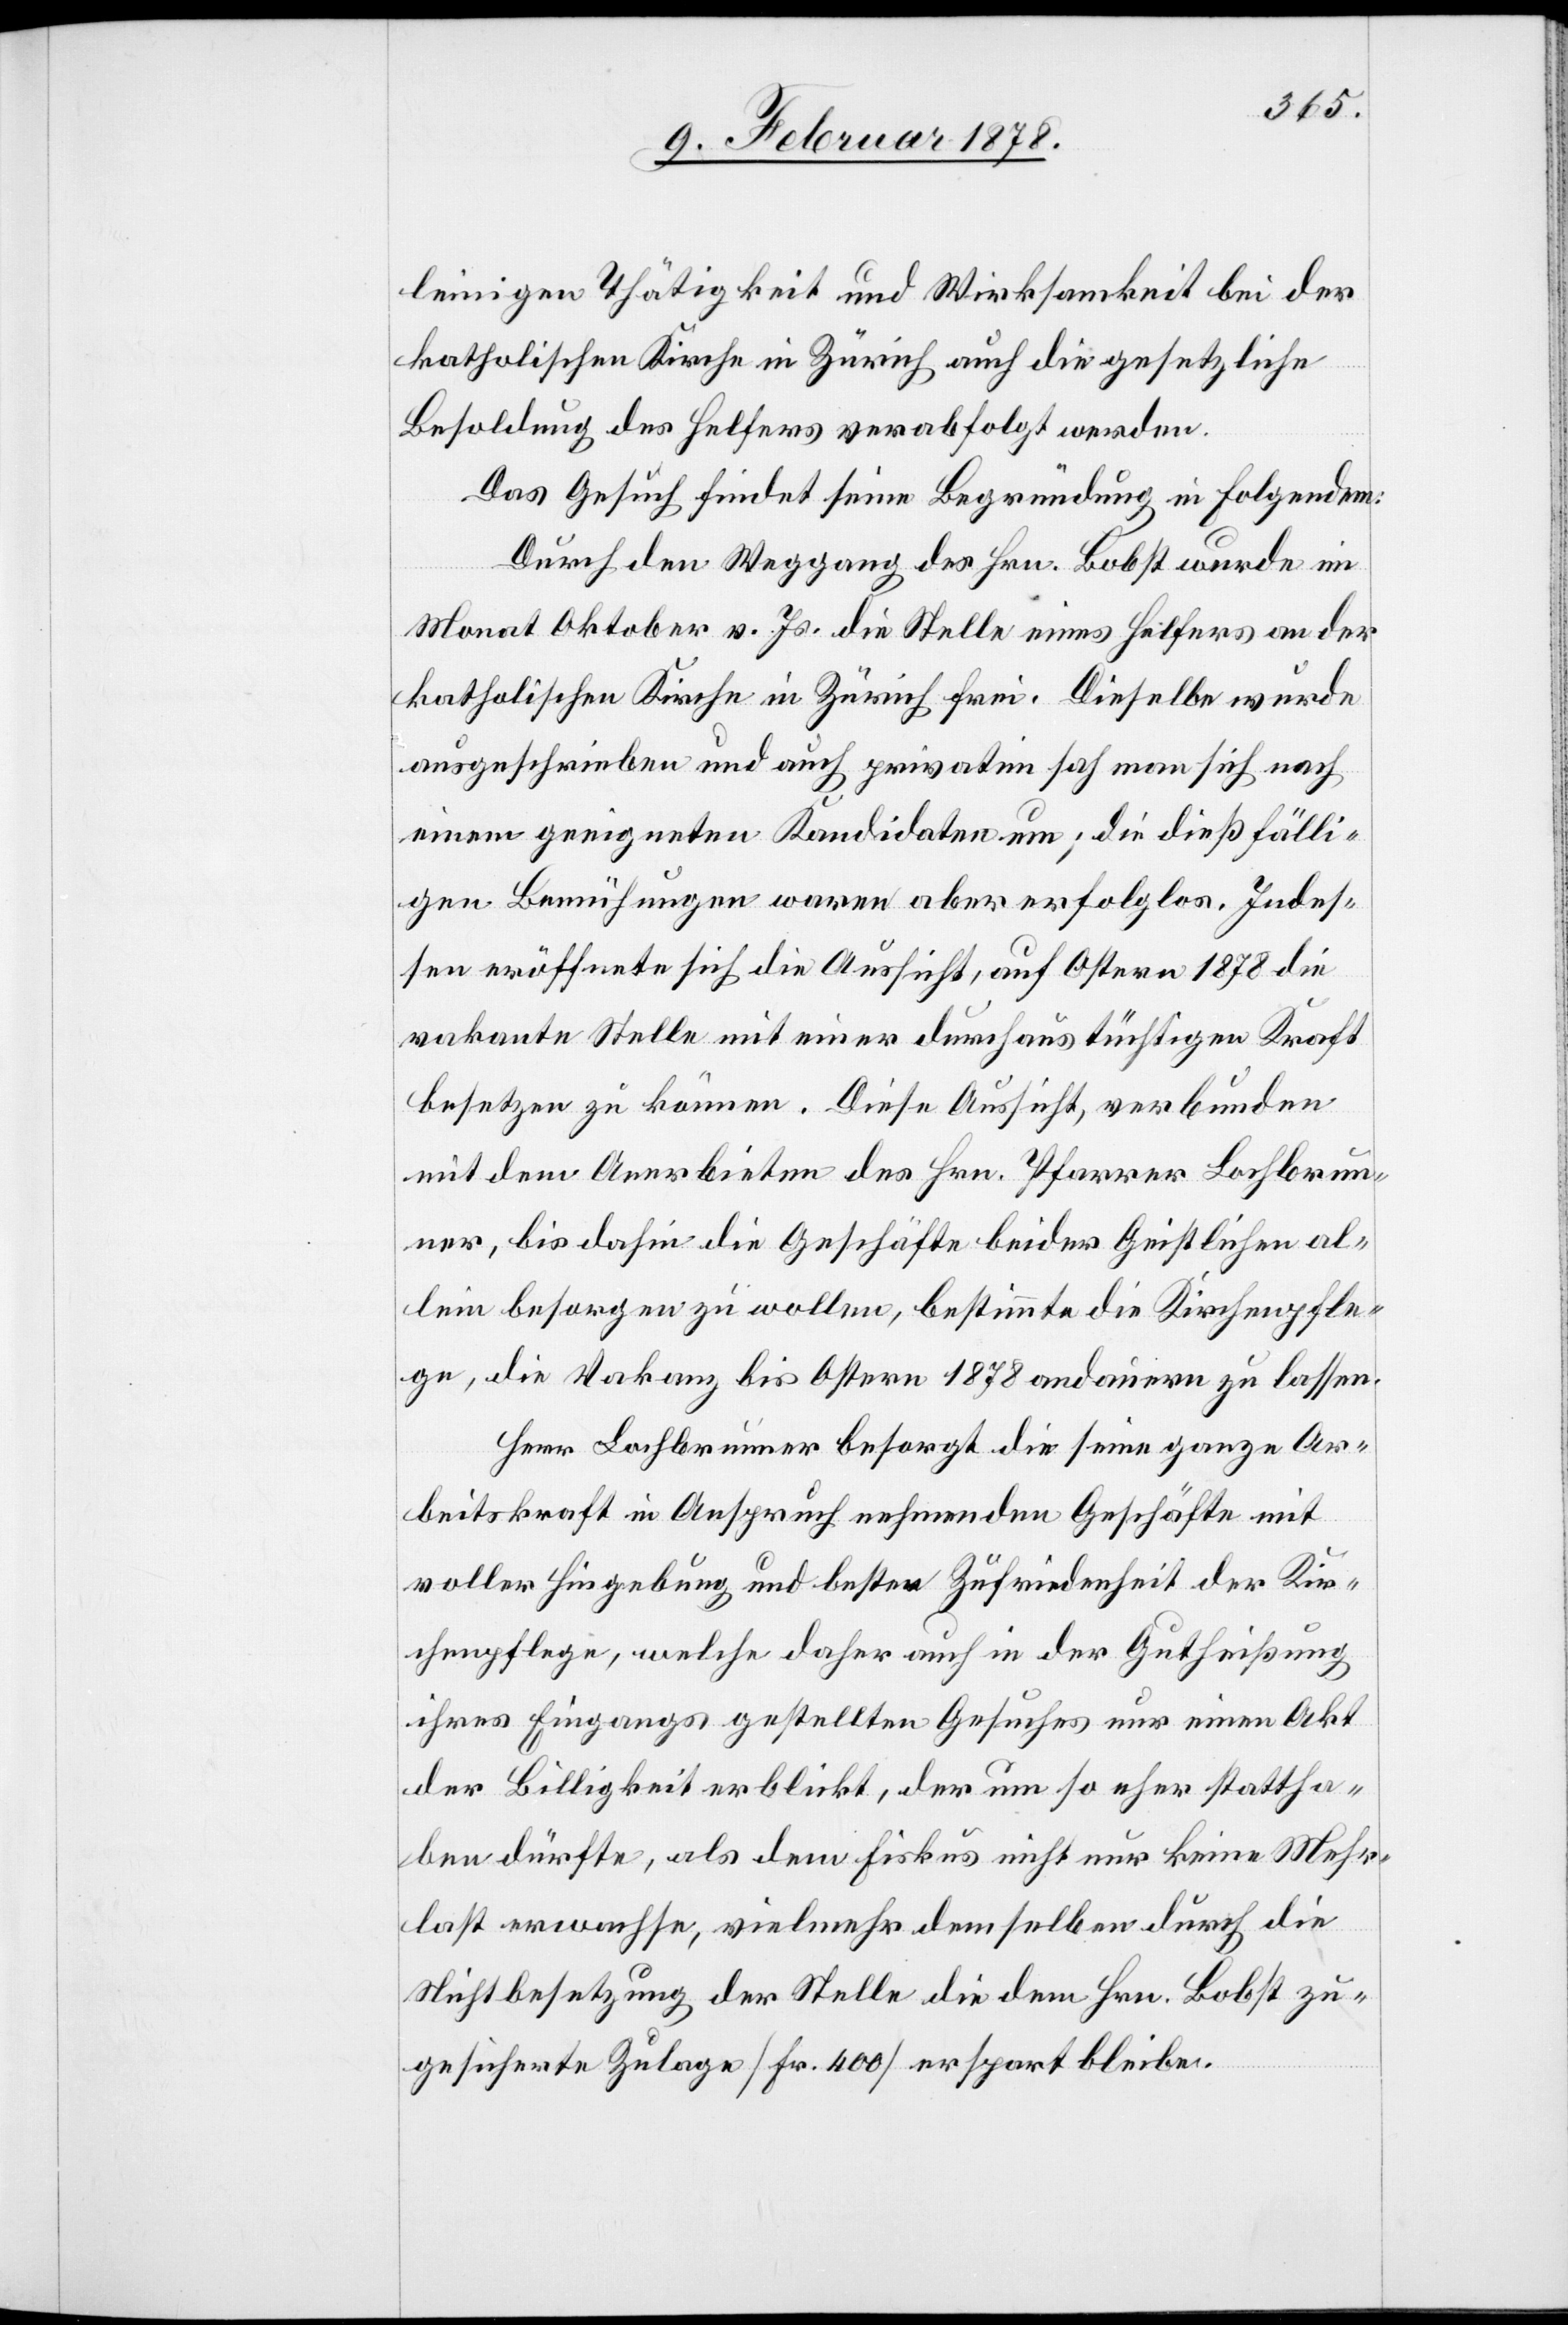
leinigen Thätigkeit und Wirksamkeit bei der
katholischen Kirche in Zürich auch die gesetzliche
Besoldung des Helfers verabfolgt werden.
Das Gesuch findet seine Begründung in Folgendem:
Durch den Weggang des Hrn. Bobst wurde im
Monat Oktober v. Js. die Stelle eines Helfers an der
katholischen Kirche in Zürich frei. Dieselbe wurde
ausgeschrieben und auch privatim sah man sich nach
einem geeigneten Kandidaten um; die dießfälli¬
gen Bemühungen waren aber erfolglos. Indes¬
sen eröffnete sich die Aussicht, auf Ostern 1878 die
vakante Stelle mit einer durchaus tüchtigen Kraft
besetzen zu können. Diese Aussicht, verbunden
mit dem Anerbieten des Hrn. Pfarrer Lochbrun¬
ner, bis dahin die Geschäfte beider Geistlichen al¬
lein besorgen zu wollen, bestimmte die Kirchenpfle¬
ge, die Vakanz bis Ostern 1878 andauern zu lassen.
Herr Lochbrunner besorgt die seine ganze Ar¬
beitskraft in Anspruch nehmenden Geschäfte mit
voller Hingebung und bester Zufriedenheit der Kir¬
chenpflege, welche daher auch in der Gutheißung
ihres Eingags gestellten Gesuches nur einen Akt
der Billigkeit erblickt, der um so eher stattha¬
ben dürfte, als dem Fiskus nicht nur keine Mehr¬
last erwachse, vielmehr demselben durch die
Nichtbesetzung der Stelle die dem Hrn. Bobst zu¬
gesicherte Zulage (Fr. 400) erspart bleibe.